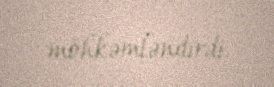
möhkəmləndirdi.